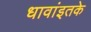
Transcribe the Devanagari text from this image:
धावांइतके